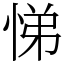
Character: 悌